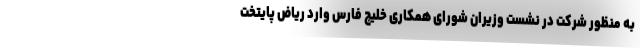
به منظور شرکت در نشست وزیران شورای همکاری خلیج فارس وارد ریاض پایتخت